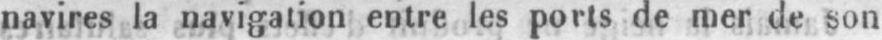
navires la navigation entre les ports de mer de son